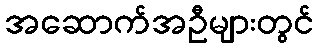
အဆောက်အဦများတွင်